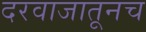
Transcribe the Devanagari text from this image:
दरवाजातूनच